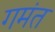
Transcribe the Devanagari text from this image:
गमंत